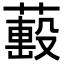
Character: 𦼷